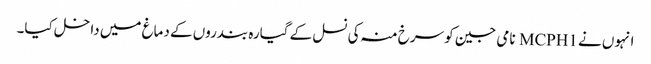
انہوں نے MCPH1 نامی جین کو سرخ منہ کی نسل کے گیارہ بندروں کے دماغ میں داخل کیا۔